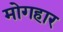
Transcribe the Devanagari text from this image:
मोगहार